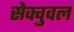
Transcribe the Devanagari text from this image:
सेक्चुवल